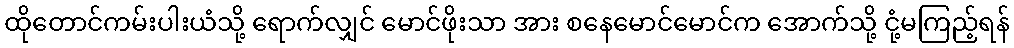
ထိုတောင်ကမ်းပါးယံသို့ ရောက်လျှင် မောင်ဖိုးသာ အား စနေမောင်မောင်က အောက်သို့ ငုံ့မကြည့်ရန်